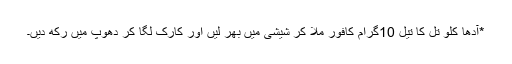
*آدھا کلو تل کا تیل 10گرام کافور ملا کر شیشی میں بھر لیں اور کارک لگا کر دھوپ میں رکھ دیں۔